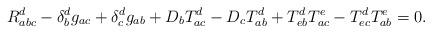
LaTeX: \begin{align*}R_{abc}^d-\delta _b^dg_{ac}+\delta_c^dg_{ab}+D_bT_{ac}^d-D_cT_{ab}^d+T_{eb}^dT_{ac}^e-T_{ec}^dT_{ab}^e=0.\end{align*}